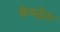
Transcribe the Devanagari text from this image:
कैथड्रेल